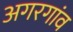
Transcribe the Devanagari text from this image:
अगरगांव